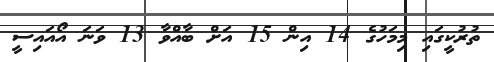
ތުރުކީގައި މިމަހުގެ 14 އިން 15 އަށް ބާއްވާ 13 ވަނަ އޯއައިސީ